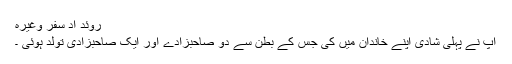
روئد اد سفر وغیرہ
آپ نے پہلی شادی اپنے خاندان میں کی جس کے بطن سے دو صاحبزادے اور ایک صاحبزادی تولد ہوئی ۔